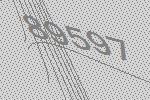
89597